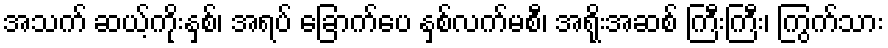
အသက် ဆယ့်ကိုးနှစ်၊ အရပ် ခြောက်ပေ နှစ်လက်မစီ၊ အရိုးအဆစ် ကြီးကြီး၊ ကြွက်သား